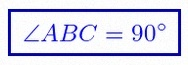
\angle ABC=90^\circ